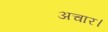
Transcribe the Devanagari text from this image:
अचार।